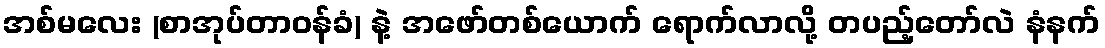
အစ်မလေး (စာအုပ်တာဝန်ခံ) နဲ့ အဖော်တစ်ယောက် ရောက်လာလို့ တပည့်တော်လဲ နံနက်